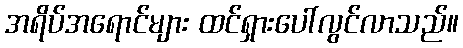
အရိပ်အရောင်များ ထင်ရှားပေါ်လွင်လာသည်။